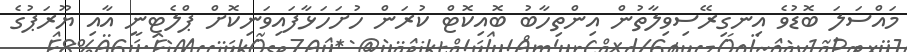
މައްސަލަ ބޮޑުވެ އިނގިރޭސިވިލާތުން އިންތިހާބު ބޮއިކޮޓް ކުރަން ހުށަހަޅާފައިވަނިކޮށް ޕްލެޓިނީ އާއި ޔޫރަޕުގެ